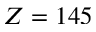
Z = 1 4 5